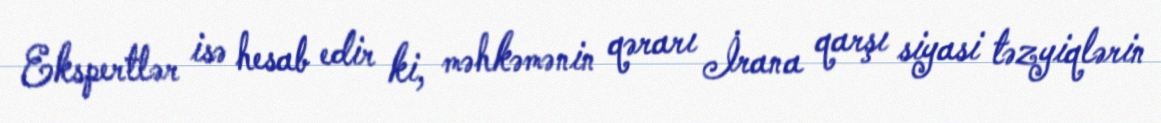
Ekspertlər isə hesab edir ki, məhkəmənin qərarı İrana qarşı siyasi təzyiqlərin